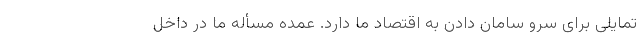
تمایلی برای سرو سامان دادن به اقتصاد ما دارد. عمده مسأله ما در داخل